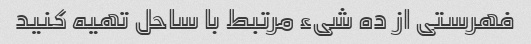
فهرستی از ده شیء مرتبط با ساحل تهیه کنید